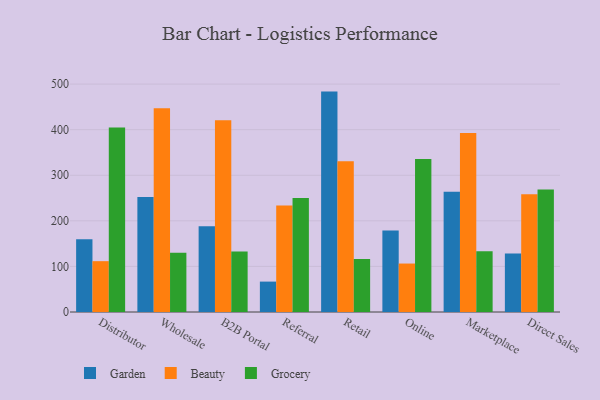
{"axis": {"x": "Channel", "y": "Latency (ms)"}, "legend": ["Beauty", "Garden", "Grocery"], "data": [{"x": "Distributor", "y": 159.5, "type": "Garden"}, {"x": "Distributor", "y": 111.5, "type": "Beauty"}, {"x": "Distributor", "y": 404.9, "type": "Grocery"}, {"x": "Wholesale", "y": 252.1, "type": "Garden"}, {"x": "Wholesale", "y": 446.9, "type": "Beauty"}, {"x": "Wholesale", "y": 130.2, "type": "Grocery"}, {"x": "B2B Portal", "y": 188.2, "type": "Garden"}, {"x": "B2B Portal", "y": 420.4, "type": "Beauty"}, {"x": "B2B Portal", "y": 132.9, "type": "Grocery"}, {"x": "Referral", "y": 66.7, "type": "Garden"}, {"x": "Referral", "y": 233.8, "type": "Beauty"}, {"x": "Referral", "y": 250.2, "type": "Grocery"}, {"x": "Retail", "y": 483.5, "type": "Garden"}, {"x": "Retail", "y": 330.6, "type": "Beauty"}, {"x": "Retail", "y": 116.4, "type": "Grocery"}, {"x": "Online", "y": 178.6, "type": "Garden"}, {"x": "Online", "y": 106.3, "type": "Beauty"}, {"x": "Online", "y": 335.6, "type": "Grocery"}, {"x": "Marketplace", "y": 263.9, "type": "Garden"}, {"x": "Marketplace", "y": 392.9, "type": "Beauty"}, {"x": "Marketplace", "y": 133.0, "type": "Grocery"}, {"x": "Direct Sales", "y": 128.6, "type": "Garden"}, {"x": "Direct Sales", "y": 258.3, "type": "Beauty"}, {"x": "Direct Sales", "y": 268.5, "type": "Grocery"}]}